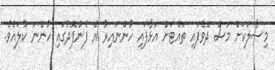
މިސާލަކަށް މަސް ދޮވެފައި ތައްޓަށް އަޅާފައި ހުންނައިރު އެ ފެންފޮދުގައި ހުންނަ ކުލައެވެ.